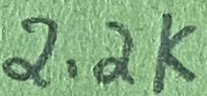
Text: 2.2K